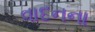
વાદનના